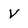
Character: V